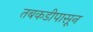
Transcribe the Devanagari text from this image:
तबकडीपासून